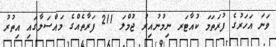
ވަނަ އަހަރުގެ ފުރަތަމަ ކުއާޓަރ ނިމުނުއިރު ޖުމްލަ 211 ފަރާތެއްގެ މައްސަލާގައި އިތުރު